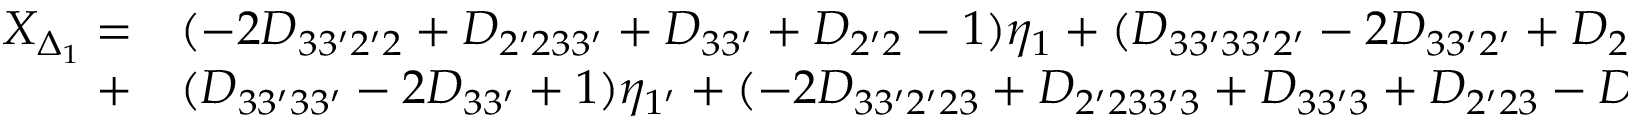
\begin{array} { r l } { X _ { \Delta _ { 1 } } = } & { { } ( - 2 D _ { 3 3 ^ { \prime } 2 ^ { \prime } 2 } + D _ { 2 ^ { \prime } 2 3 3 ^ { \prime } } + D _ { 3 3 ^ { \prime } } + D _ { 2 ^ { \prime } 2 } - 1 ) { \eta _ { 1 } } + ( { { D _ { 3 3 ^ { \prime } 3 3 ^ { \prime } 2 ^ { \prime } } } - 2 { D _ { 3 3 ^ { \prime } 2 ^ { \prime } } } + { D _ { 2 ^ { \prime } } } } ) { \eta _ { 3 } } } \\ { + } & { { } ( { D _ { 3 3 ^ { \prime } 3 3 ^ { \prime } } - 2 { D _ { 3 3 ^ { \prime } } } + 1 } ) { \eta _ { 1 ^ { \prime } } } + ( - 2 { D _ { 3 3 ^ { \prime } 2 ^ { \prime } 2 3 } } + { D _ { 2 ^ { \prime } 2 3 3 ^ { \prime } 3 } } + { D _ { 3 3 ^ { \prime } 3 } } + { D _ { 2 ^ { \prime } 2 3 } } - { D _ { 3 } } ) { \eta _ { 2 ^ { \prime } } } . } \end{array}